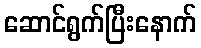
ဆောင်ရွက်ပြီးနောက်